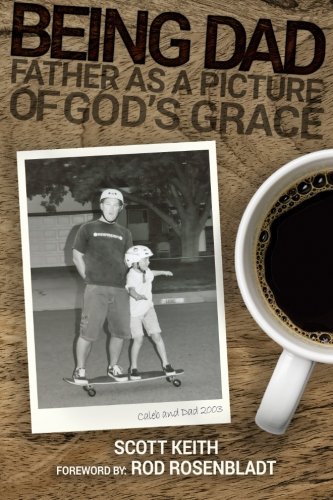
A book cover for Being Dad: Father as a Picture of God's Grace; Scott Leonard Keith; Parenting & Relationships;